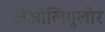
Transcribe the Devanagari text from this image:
लेओलिगुलोर